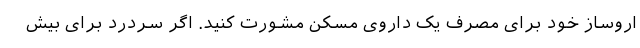
اروساز خود برای مصرف یک داروی مسکن مشورت کنید. اگر سردرد برای بیش